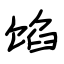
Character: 馅